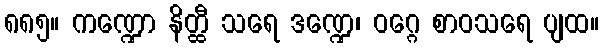
၈၈၅။ ကဏ္ဍော နိတ္ထီ သရေ ဒဏ္ဍေ၊ ဝဂ္ဂေ စာဝသရေ ပျထ။